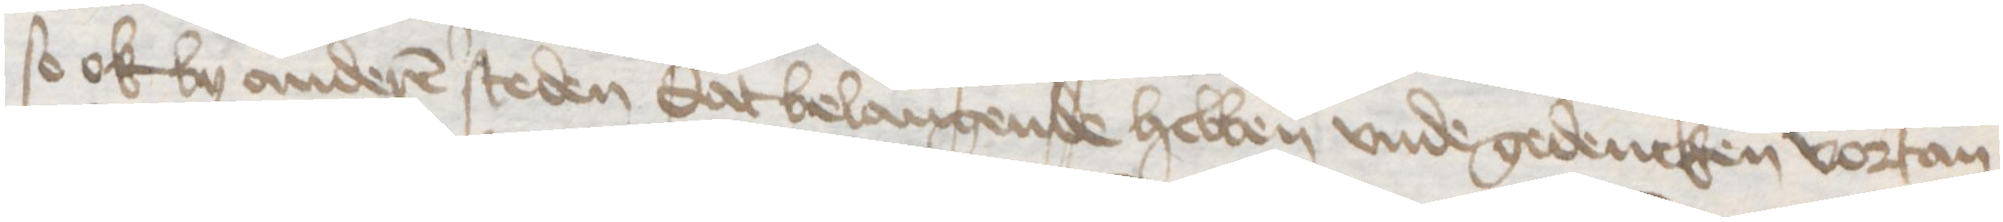
so ok by anderen steden dat belangende hebben vnde gedencken vortan